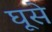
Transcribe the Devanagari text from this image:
घूसे